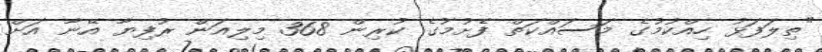
"ތިލަފަޅު ހިއްކުމުގެ މަސައްކަތް ފެށުމުގެ ކުރިން 368 މިލިއަން ރުފިޔާ އޭނާ އަށް